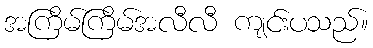
အကြိမ်ကြိမ်အလီလီ ကျင်းပသည်။